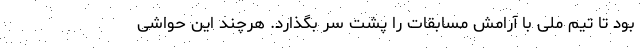
بود تا تیم ملی با آرامش مسابقات را پشت سر بگذارد. هرچند این حواشی